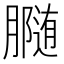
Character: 𰯟